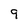
Character: 9